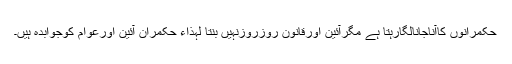
حکمرانوں کاآناجانالگارہتا ہے مگرآئین اورقانون روزروزنہیں بنتا لہٰذاء حکمران آئین اورعوام کوجوابدہ ہیں۔